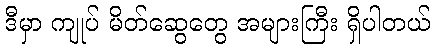
ဒီမှာ ကျုပ် မိတ်ဆွေတွေ အများကြီး ရှိပါတယ်